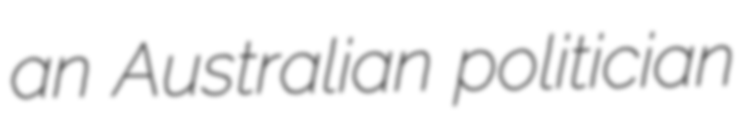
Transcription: an Australian politician